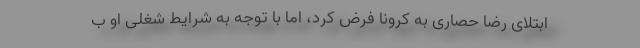
ابتلای رضا حصاری به کرونا فرض کرد، اما با توجه به شرایط شغلی او ب